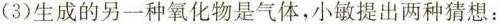
(3)生成的另一种氧化物是气体，小敏提出两种猜想：